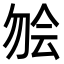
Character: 𫧃